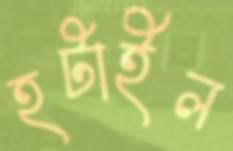
হটাইল